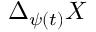
\Delta _ { \psi ( t ) } X